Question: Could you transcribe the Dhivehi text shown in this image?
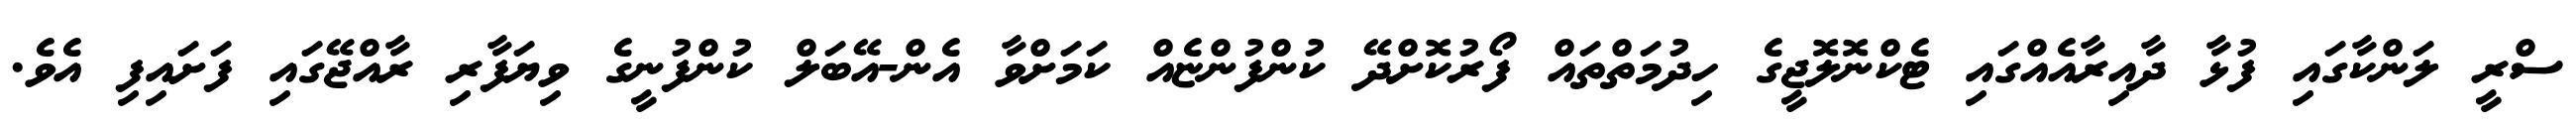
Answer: ސްރީ ލަންކާގައި ފުޅާ ދާއިރާއެއްގައި ޓެކްނޮލޮޖީގެ ހިދުމަތްތައް ފޯރުކޮށްދޭ ކުންފުންޏެއް ކަމަށްވާ އެން-އޭބަލް ކުންފުނީގެ ވިޔަފާރި ރާއްޖޭގައި ފަށައިފި އެވެ.